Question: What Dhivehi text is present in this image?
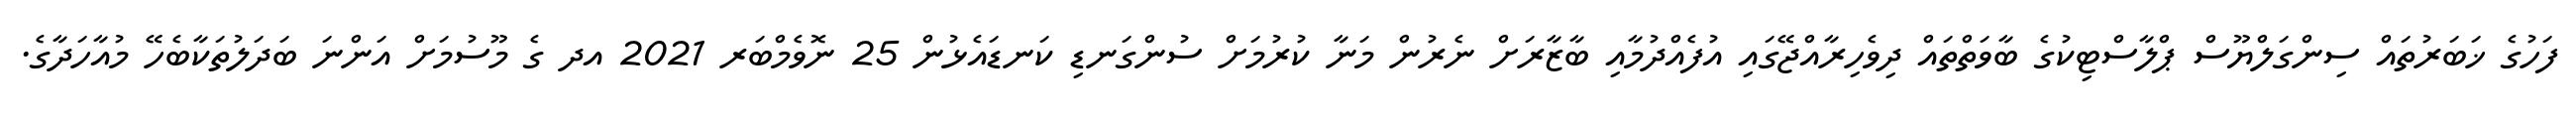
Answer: ފަހުގެ ޚަބަރުތައް ސިންގަލްޔޫސް ޕްލާސްޓިކުގެ ބާވަތްތައް ދިވެހިރާއްޖޭގައި އުފެއްދުމާއި ބާޒާރަށް ނެރުން މަނާ ކުރުމަށް ސުންގަނޑި ކަނޑައެޅުން 25 ނޮވެމްބަރ 2021 އދ ގެ މޫސުމަށް އަންނަ ބަދަލުތަކާބެހޭ މުއާހަދާގެ.